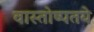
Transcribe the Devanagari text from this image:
वास्तोष्पतये